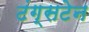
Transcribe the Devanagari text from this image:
टंग्सटेन